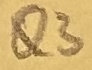
Text: Q3